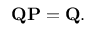
\mathbf { Q P } = \mathbf { Q } .